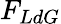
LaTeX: F_{LdG}